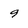
Character: 9